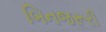
બિનજરૂરી